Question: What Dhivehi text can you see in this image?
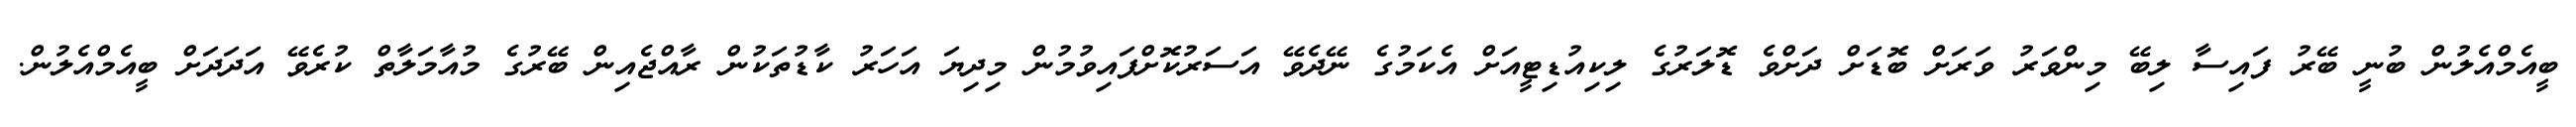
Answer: ބީއެމްއެލުން ބުނީ ބޭރު ފައިސާ ލިބޭ މިންވަރު ވަރަށް ބޮޑަށް ދަށްވެ ޑޮލަރުގެ ލިކިއުޑިޓީއަށް އެކަމުގެ ނޭދެވޭ އަސަރުކޮށްފައިވުމުން މިދިޔަ އަހަރު ކާޑުތަކުން ރާއްޖެއިން ބޭރުގެ މުއާމަލާތް ކުރެވޭ އަދަދަށް ބީއެމްއެލުން.